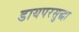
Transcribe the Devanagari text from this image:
डायपरसुद्धा